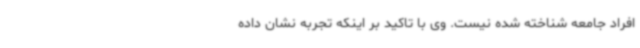
افراد جامعه شناخته شده نیست. وی با تاکید بر اینکه تجربه نشان داده